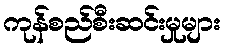
ကုန်စည်စီးဆင်းမှုများ